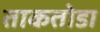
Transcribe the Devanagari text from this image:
ताकतोडा